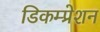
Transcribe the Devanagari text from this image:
डिकम्प्रेशन